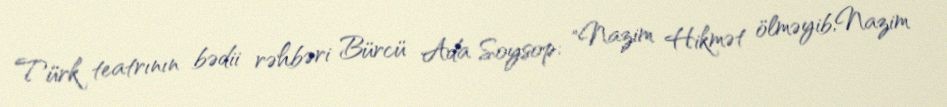
Türk teatrının bədii rəhbəri Bürcü Ada Soysop: "Nazim Hikmət ölməyib,Nazim